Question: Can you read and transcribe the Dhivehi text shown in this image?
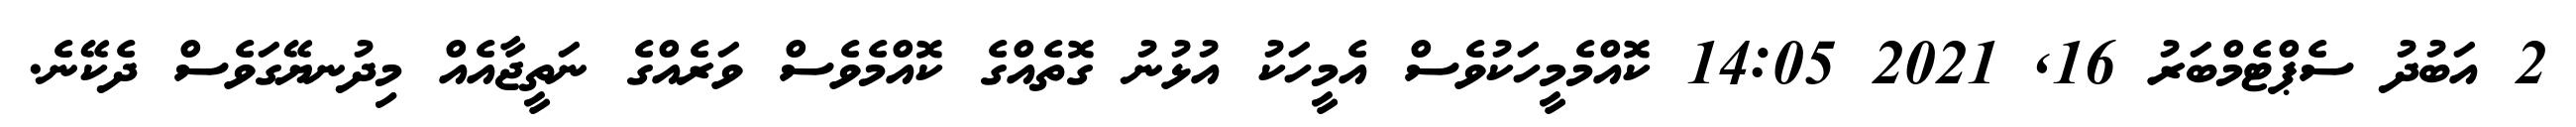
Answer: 2 އަބުދު ސެޕްޓެމްބަރު 16, 2021 14:05 ކޮއްމެމީހަކުވެސް އެމީހަކު އުޅުނު ގޮތެއްގެ ކޮއްމެވެސް ވަރެއްގެ ނަތީޖާއެއް މިދުނޔޭގަވެސް ދެކޭނެ.